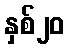
နှစ်၂၀